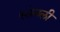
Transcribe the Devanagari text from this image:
स्तेनली